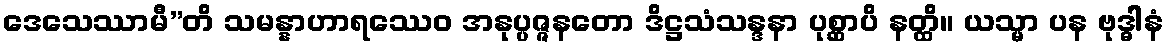
ဒေသေဿာမီ”တိ သမန္နာဟာရဿေဝ အနုပ္ပဇ္ဇနတော ဒိဋ္ဌသံသန္ဒနာ ပုစ္ဆာပိ နတ္ထိ။ ယသ္မာ ပန ဗုဒ္ဓါနံ